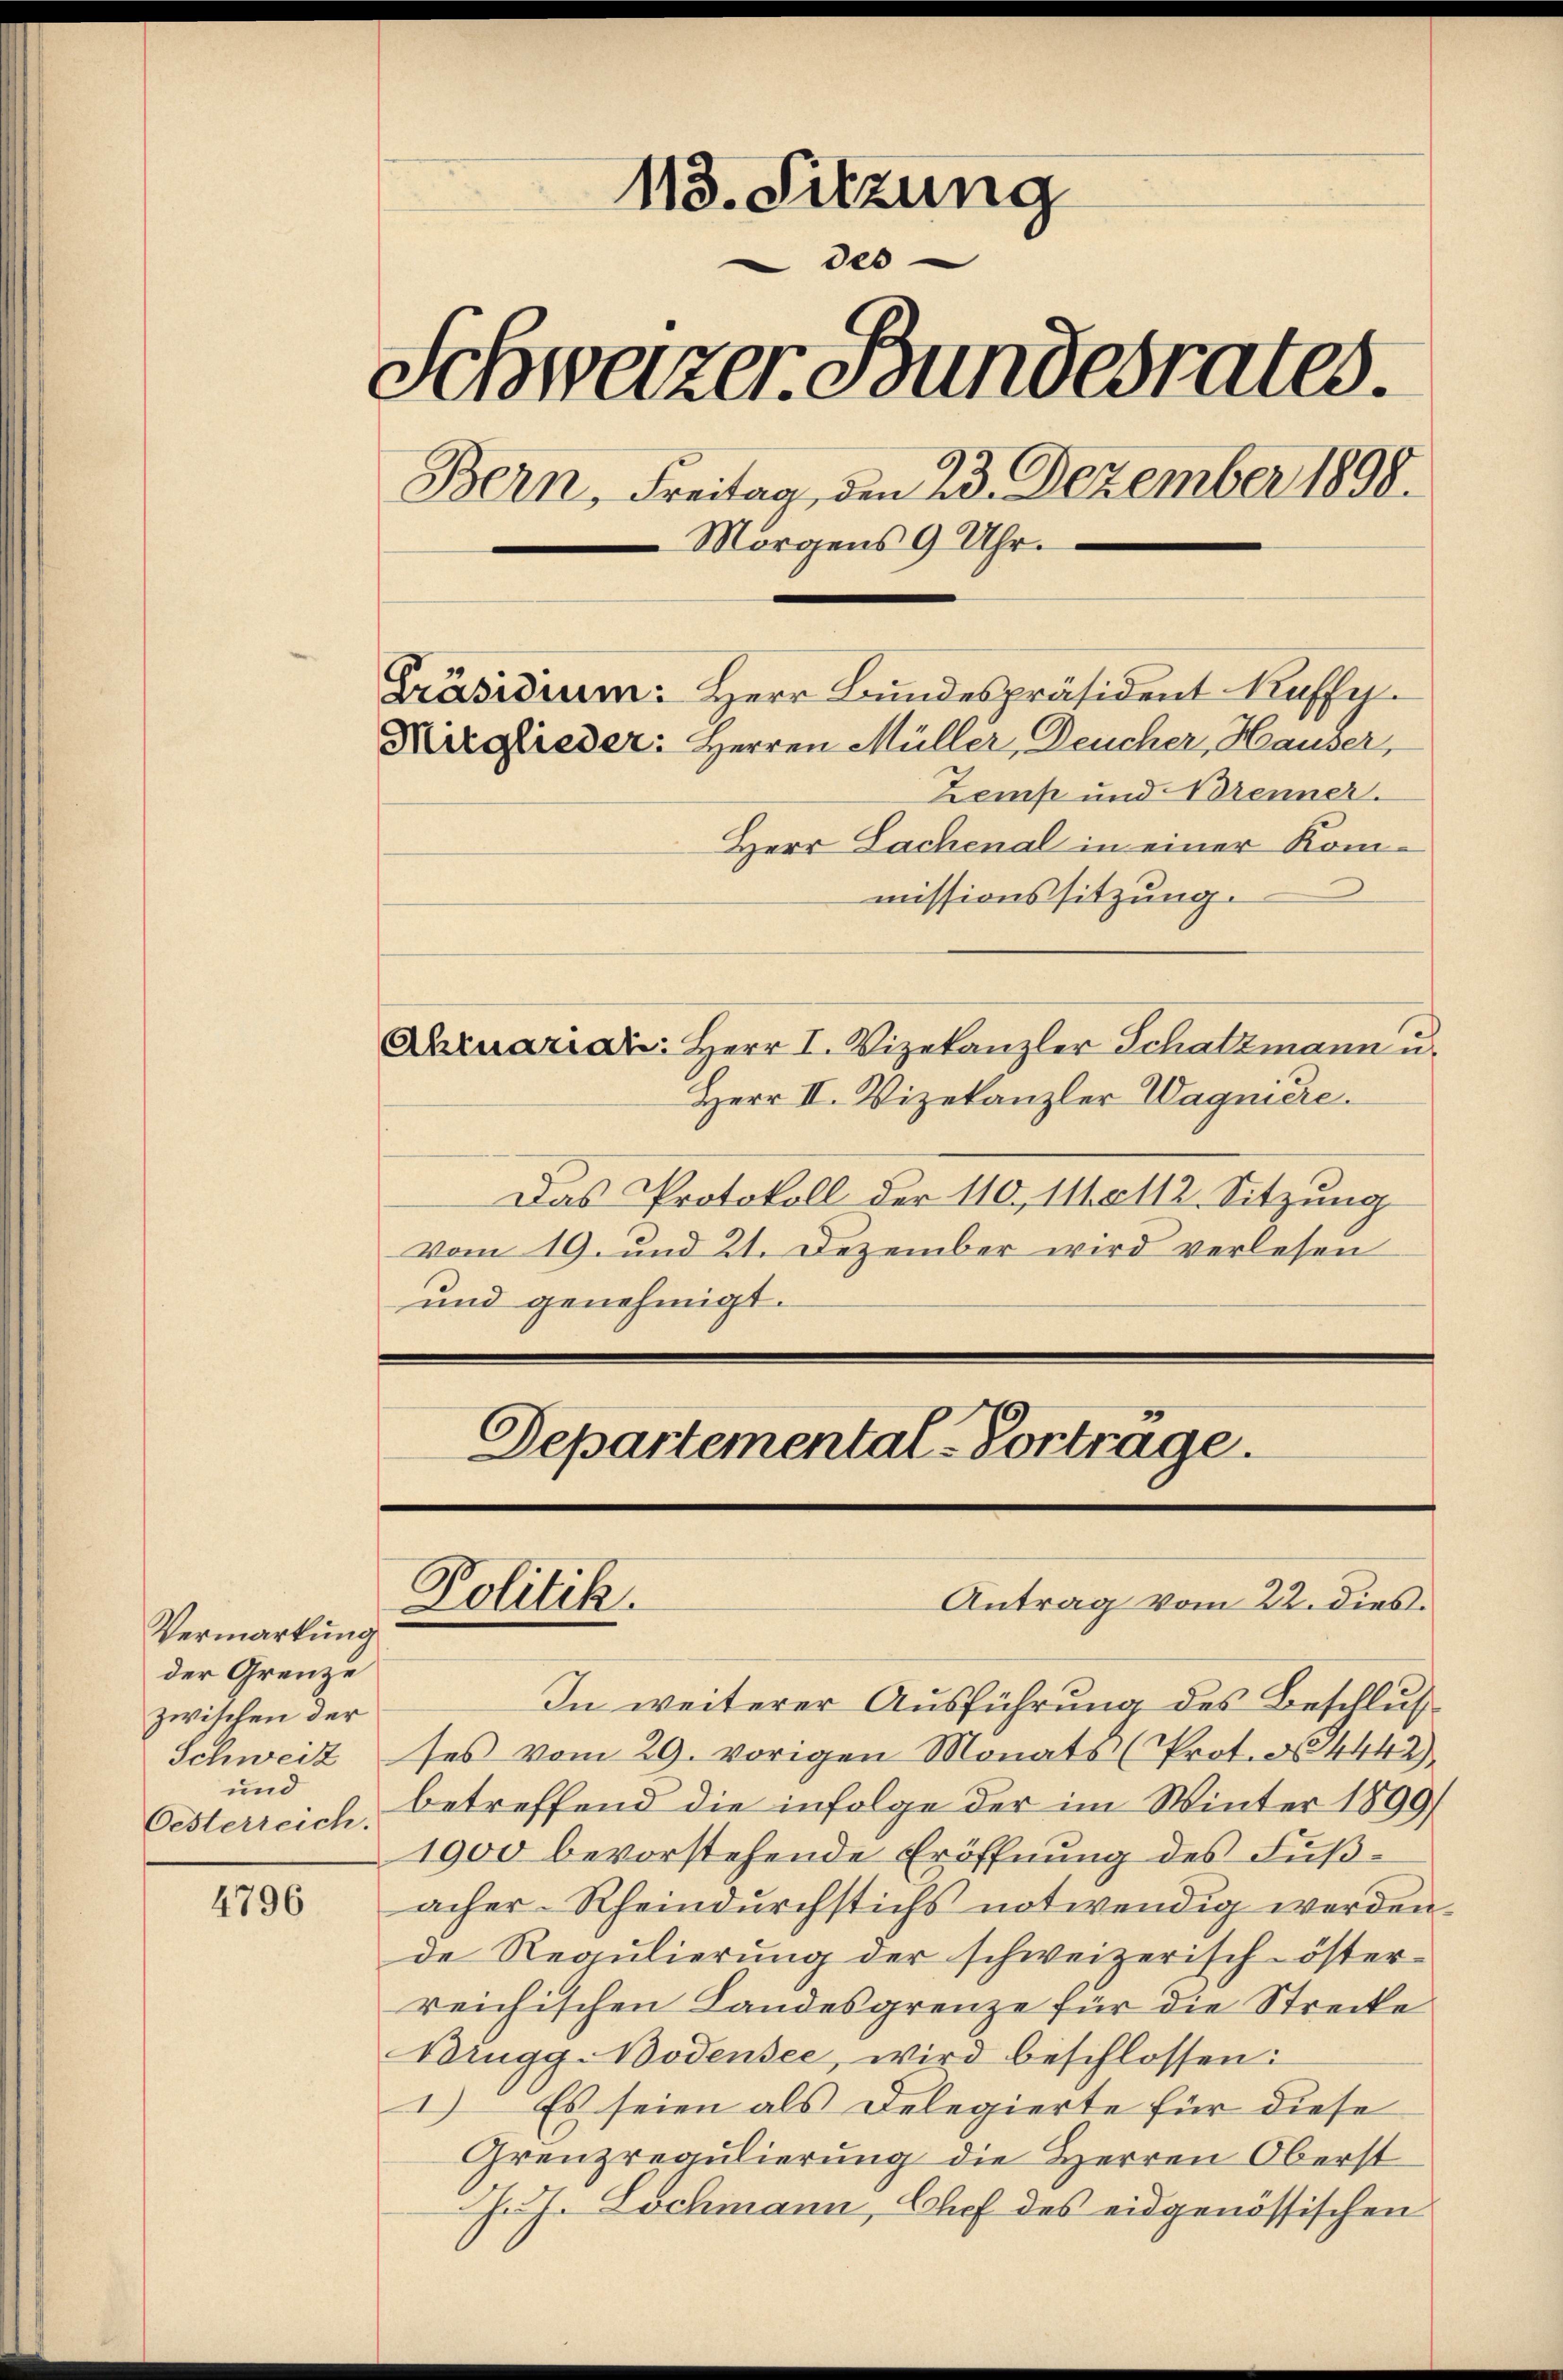
Vermarkung
der Grenze
zwischen der
Schweiz
und
Oesterreich.

4796

113. Sitzung
des
Schweizer Bundesrates.
Bern, Freitag, den 23. Dezember 1898.
Morgens 9 Uhr.
Präsidium: Herr Bundespräsident Kuffy.
Kirglieder: Herren Müller, Deucher, Hauser,
Zemp und Brenner.
Herr Sachenal in einer Kom¬
.
missionssitzung.

Ahruariat: Herr I. Vizekanzler Schatzmann u.
Herr II. Vizekanzler Wagniere.
Das Protokoll der 110, 11. 112. Sitzung
vom 19. und 21. Dezember wird verlesen
und genehmigt.

Departemental-Vortrage.
6
Antrag vom 22. dies
Lolitik.

In weiterer Ausführung des Beschluß
ses vom 29. vorigen Monats (Prot. No. 4442)
betreffend die infolge der im Winter 1899/
1900 bevorstehende Eröffnung des Fußacher-Rheindurchstichs notwendig werden.
de Regulierung der schweizerisch-öster
reichischen Landesgrenze für die Strecke
Brugg-Bodensee, wird beschlossen:
1) Es seien als Delegierte für diese
Grenzregulierung die Herren Oberst
J. J. Lochmann, Chef des eidgenössischen